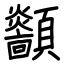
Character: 顲